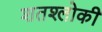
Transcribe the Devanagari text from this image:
शतश्लोकी